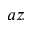
a z